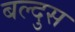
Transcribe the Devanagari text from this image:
बल्दुस